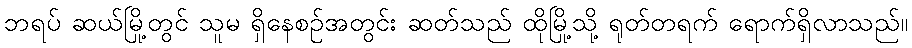
ဘရပ် ဆယ်မြို့တွင် သူမ ရှိနေစဉ်အတွင်း ဆတ်သည် ထိုမြို့သို့ ရုတ်တရက် ရောက်ရှိလာသည်။